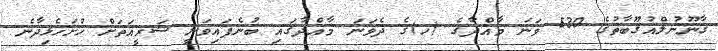
ގާނޫނުލްއުގޫބާތުގެ 530 ވަނަ މާއްދާގެ (ހ)ގެ ދެވަނަ މާއްދާގައި ބުނެފައިވަނީ ޝަރީއަތަށް ހުށަހެޅިދާނެ